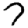
Digit: 7